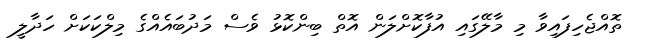
ތޮއްޖެހިފައިވާ މި މާލޭގައި އުފާކޮށްލަން އޮތް ބިންކޮޅު ވެސް މަދުބައެއްގެ މިލްކަކަށް ހަދާލީ